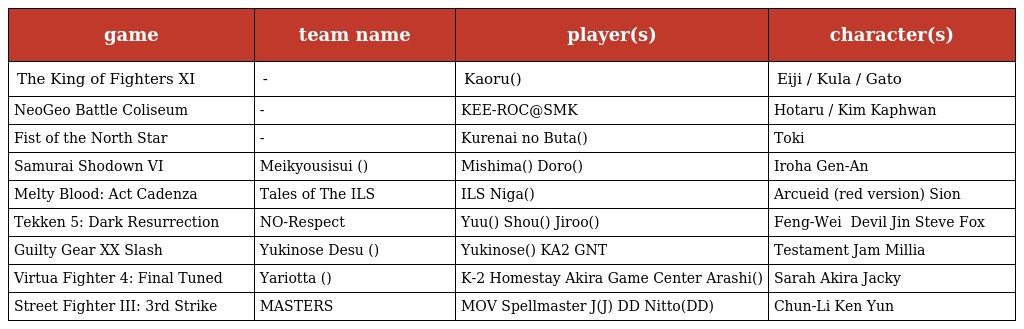
| game | team name | player(s) | character(s) |
 | --- | --- | --- | --- |
 | The King of Fighters XI | - | Kaoru(カオル) | Eiji / Kula / Gato |
 | NeoGeo Battle Coliseum | - | KEE-ROC@SMK | Hotaru / Kim Kaphwan |
 | Fist of the North Star | - | Kurenai no Buta(紅の豚) | Toki |
 | Samurai Shodown VI | Meikyousisui (明鏡止水）) | Mishima(ミシマ) Doro(ドロ) | Iroha Gen-An |
 | Melty Blood: Act Cadenza | Tales of The ILS | ILS Niga(にが) | Arcueid (red version) Sion |
 | Tekken 5: Dark Resurrection | NO-Respect | Yuu(ユウ) Shou(ショウ) Jiroo(ジロー) | Feng-Wei 　 Devil Jin Steve Fox |
 | Guilty Gear XX Slash | Yukinose Desu (ゆきのせです) | Yukinose(ゆきのせ) KA2 GNT | Testament Jam Millia |
 | Virtua Fighter 4: Final Tuned | Yariotta (やりおった）) | K-2 Homestay Akira Game Center Arashi(ゲームセンター嵐) | Sarah Akira Jacky |
 | Street Fighter III: 3rd Strike | MASTERS | MOV Spellmaster J(スペルマスターJ) DD Nitto(DDにっと) | Chun-Li Ken Yun |